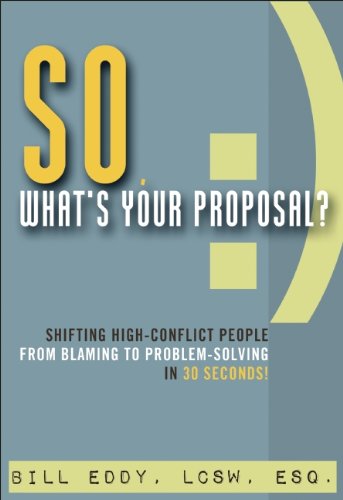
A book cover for So, What's Your Proposal?: Shifting High-Conflict People from Blaming to Problem-Solving in 30 Seconds!; Bill Eddy; Self-Help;